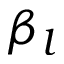
\beta _ { l }